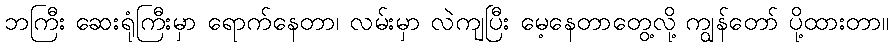
ဘကြီး ဆေးရုံကြီးမှာ ရောက်နေတာ၊ လမ်းမှာ လဲကျပြီး မေ့နေတာတွေ့လို့ ကျွန်တော် ပို့ထားတာ။